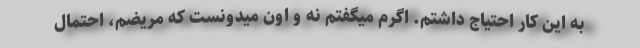
به این کار احتیاج داشتم. اگرم میگفتم نه و اون میدونست که مریضم، احتمال